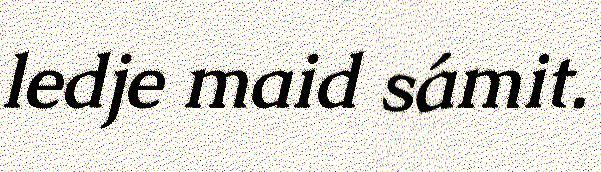
ledje maid sámit.